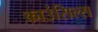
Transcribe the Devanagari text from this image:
काउंसिल्स